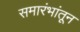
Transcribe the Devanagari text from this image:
समारंभांतून